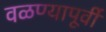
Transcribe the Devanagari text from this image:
वळण्यापूर्वी